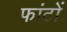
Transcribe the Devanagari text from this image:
फांटों